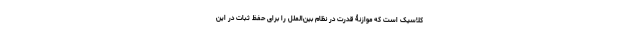
کلاسیک است که موازنۀ قدرت در نظام بین‌الملل را برای حفظ ثبات در این